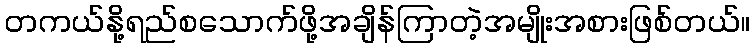
တကယ်နို့ရည်စသောက်ဖို့အချိန်ကြာတဲ့အမျိုးအစားဖြစ်တယ်။